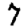
Digit: 7